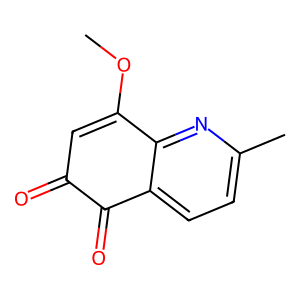
SMILES: COC1=CC(=O)C(=O)c2ccc(C)nc21
Inhibits HIV replication: No